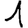
Digit: 1